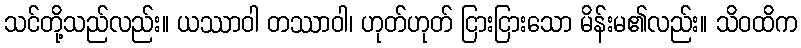
သင်တို့သည်လည်း။ ယဿာဝါ တဿာဝါ၊ ဟုတ်ဟုတ် ငြားငြားသော မိန်းမ၏လည်း။ သိဝထိက